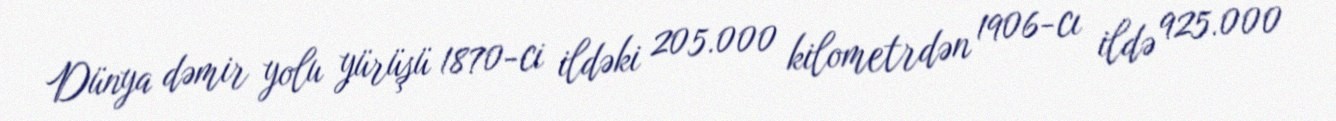
Dünya dəmir yolu yürüşü 1870-ci ildəki 205.000 kilometrdən 1906-cı ildə 925.000